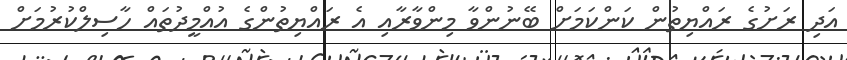
އަދި ރަށުގެ ރައްޔިތުން ކަންކަމަށް ބޭނުންވާ މިންވާރާއި އެ ރައްޔިތުންގެ އުއްމީދުތައް ހާސިލްކުރުމަށް